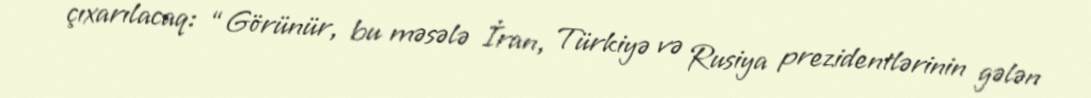
çıxarılacaq: “Görünür, bu məsələ İran, Türkiyə və Rusiya prezidentlərinin gələn